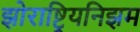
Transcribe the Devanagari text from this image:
झोराष्ट्रियनिझम